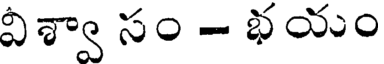
విశ్వా సం - భయం